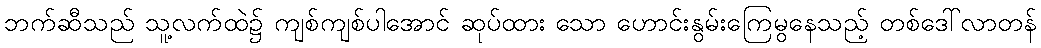
ဘက်ဆီသည် သူ့လက်ထဲ၌ ကျစ်ကျစ်ပါအောင် ဆုပ်ထား သော ဟောင်းနွမ်းကြေမွနေသည့် တစ်ဒေါ်လာတန်